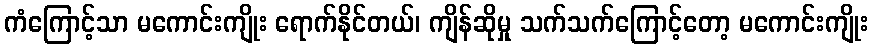
ကံကြောင့်သာ မကောင်းကျိုး ရောက်နိုင်တယ်၊ ကျိန်ဆိုမှု သက်သက်ကြောင့်တော့ မကောင်းကျိုး